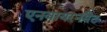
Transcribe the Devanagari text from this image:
एनवायरनमैंट